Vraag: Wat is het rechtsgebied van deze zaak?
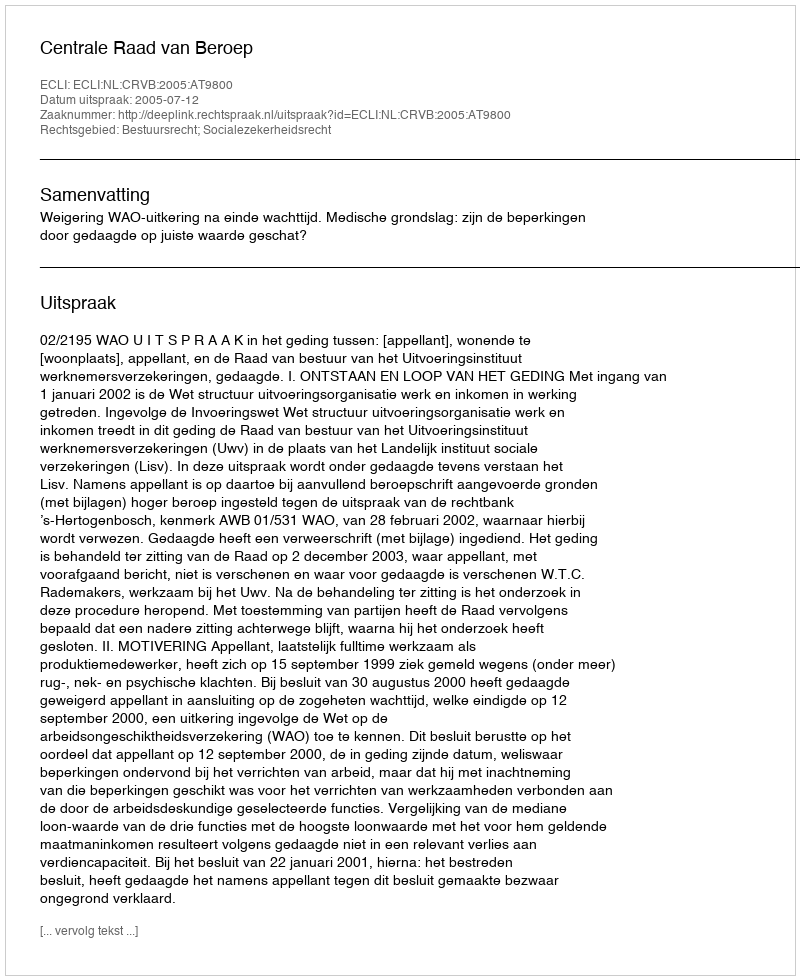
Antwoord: Bestuursrecht; Socialezekerheidsrecht